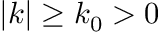
| k | \geq k _ { 0 } > 0